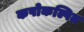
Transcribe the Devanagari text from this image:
कपोकल्पित